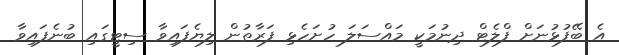
އެ ބޭފުޅުނަށް ފްލެޓް ދިނުމަކީ މައްސަލަ ހުށަހެޅި ފަރާތުން ލިޔެފައިވާ ސިޓީގައި ބުނެފައިވާ